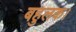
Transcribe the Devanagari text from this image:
बहुलक।